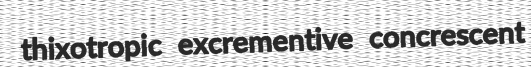
thixotropic excrementive concrescent